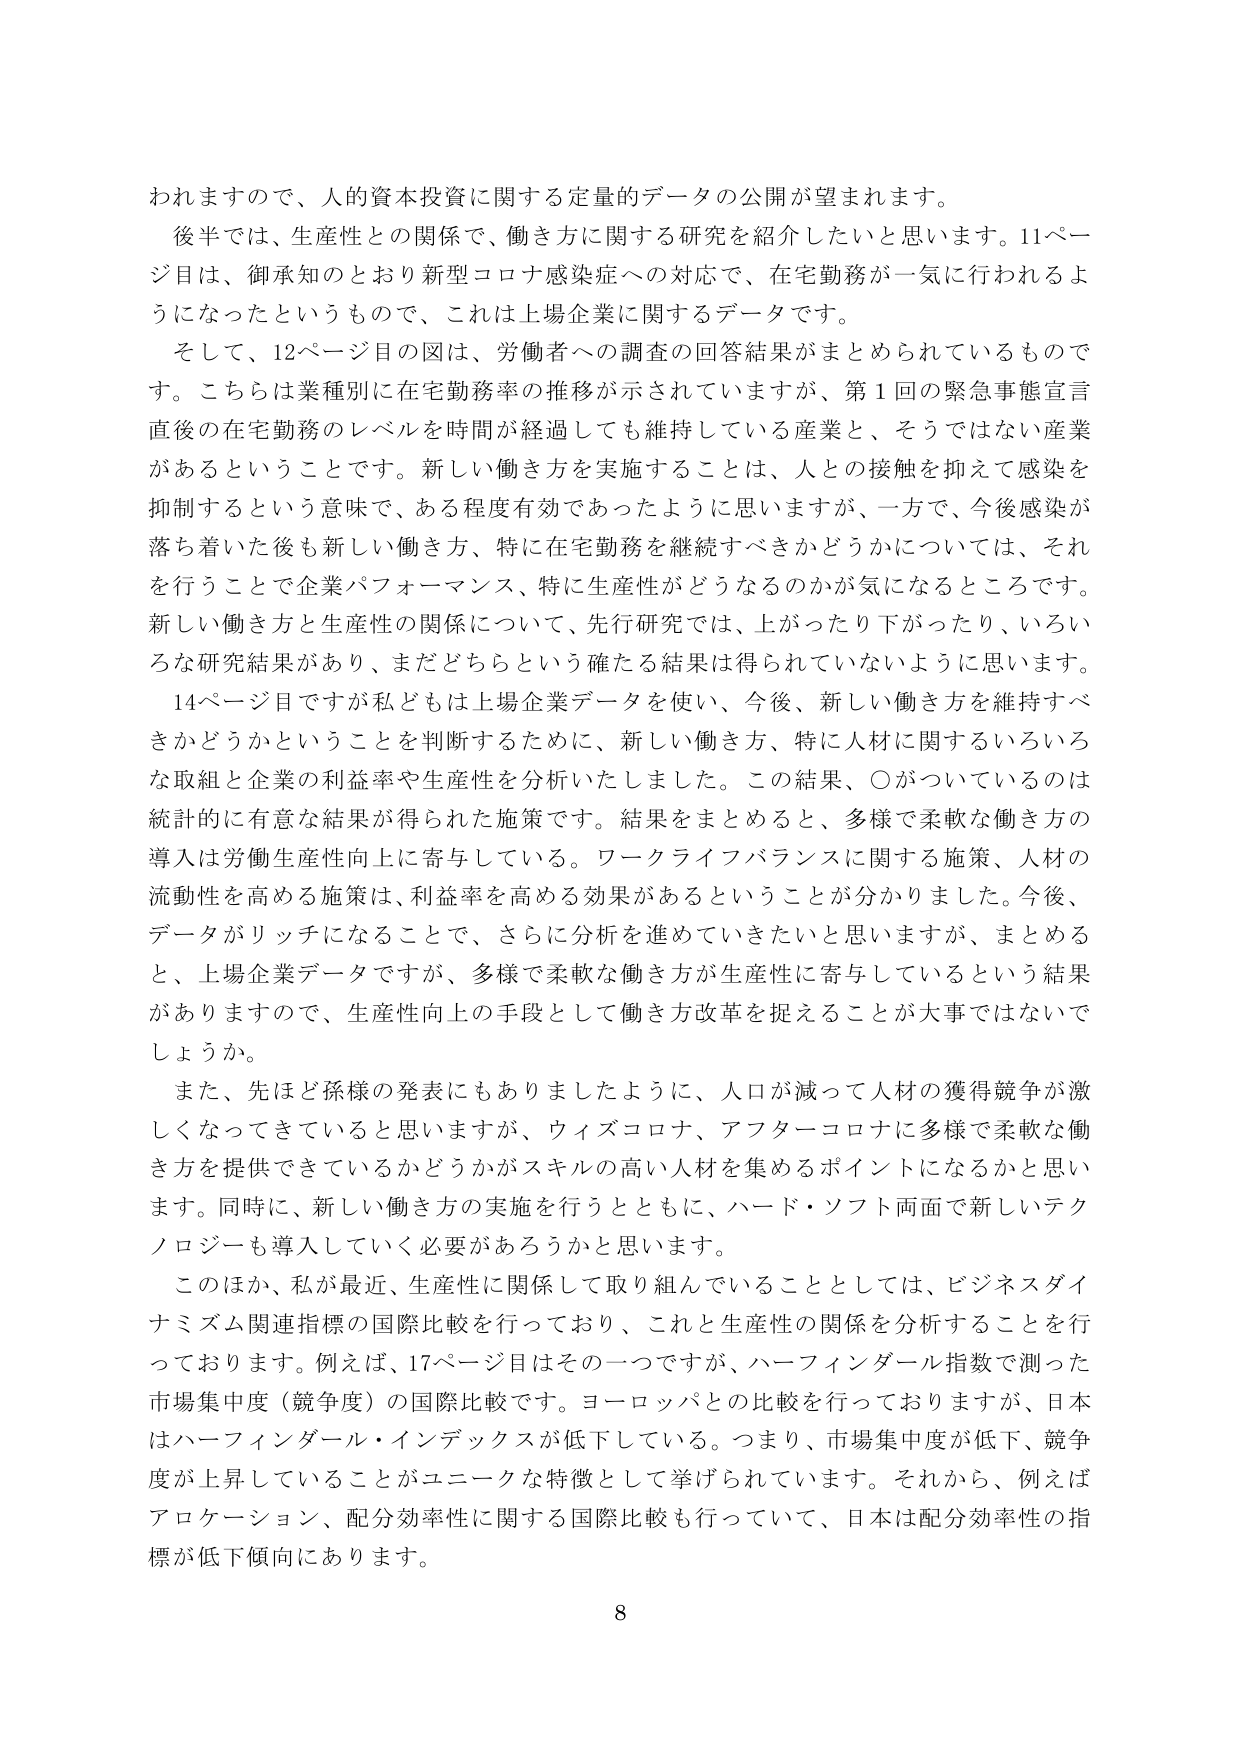
われますので、人的資本投資に関する定量的データの公開が望まれます。
後半では、生産性との関係で、働き方に関する研究を紹介したいと思います。11ページ目は、御承知のとおり新型コロナ感染症への対応で、在宅勤務が一気に行われるようになったというもので、これは上場企業に関するデータです。
そして、12ページ目の図は、労働者への調査の回答結果がまとめられているものです。こちらは業種別に在宅勤務率の推移が示されていますが、第1回の緊急事態宣言直後の在宅勤務のレベルを時間が経過しても維持している産業と、そうではない産業があるということです。新しい働き方を実施することは、人との接触を抑えて感染を抑制するという意味で、ある程度有効であったように思いますが、一方で、今後感染が落ち着いた後も新しい働き方、特に在宅勤務を継続すべきかどうかについては、それを行うことで企業パフォーマンス、特に生産性がどうなるのかが気になるところです。新しい働き方と生産性の関係について、先行研究では、上がったり下がったり、いろいろな研究結果があり、まだどちらという確たる結果は得られていないように思います。
14ページ目ですが私どもは上場企業データを使い、今後、新しい働き方を維持すべきかどうかということを判断するために、新しい働き方、特に人材に関するいろいろな取組と企業の利益率や生産性を分析いたしました。この結果、〇がついているのは統計的に有意な結果が得られた施策です。結果をまとめると、多様で柔軟な働き方の導入は労働生産性向上に寄与している。ワークライフバランスに関する施策、人材の流動性を高める施策は、利益率を高める効果があるということが分かりました。今後、データがリッチになることで、さらに分析を進めていきたいと思いますが、まとめると、上場企業データですが、多様で柔軟な働き方が生産性に寄与しているという結果がありますので、生産性向上の手段として働き方改革を捉えることが大事ではないでしょうか。
また、先ほど孫様の発表にもありましたように、人口が減って人材の獲得競争が激しくなってきていると思いますが、ウィズコロナ、アフターコロナに多様で柔軟な働き方を提供できているかどうかがスキルの高い人材を集めるポイントになるかと思います。同時に、新しい働き方の実施を行うとともに、ハード・ソフト両面で新しいテクノロジーも導入していく必要があろうかと思います。
このほか、私が最近、生産性に関係して取り組んでいることとしては、ビジネスダイナミズム関連指標の国際比較を行っており、これと生産性の関係を分析することを行っております。例えば、17ページ目はその一つですが、ハーフィンダール指数で測った市場集中度（競争度）の国際比較です。ヨーロッパとの比較を行っておりますが、日本はハーフィンダール・インデックスが低下している。つまり、市場集中度が低下、競争度が上昇していることがユニークな特徴として挙げられています。それから、例えばアロケーション、配分効率性に関する国際比較も行っていて、日本は配分効率性の指標が低下傾向にあります。
8